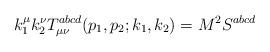
LaTeX: \begin{align*}k_1^\mu k_2^\nu T_{\mu \nu }^{abcd}(p_1,p_2;k_1,k_2)=M^2S^{abcd}\end{align*}